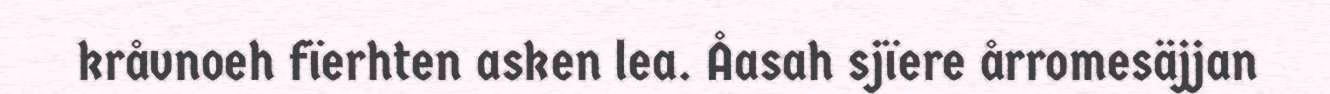
kråvnoeh fïerhten asken lea. Åasah sjïere årromesäjjan